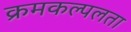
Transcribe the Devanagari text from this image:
क्रमकल्पलता